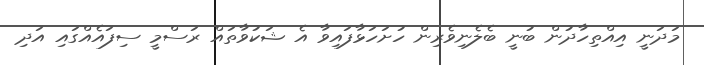
މަދަނީ އިއްތިހާދުން ބުނީ ބެލެނިވެރިން ހުށަހަޅާފައިވާ އެ ޝަކުވާތައް ރަސްމީ ސިފައެއްގައި އަދި